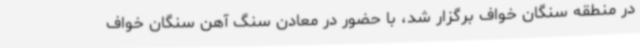
در منطقه سنگان خواف برگزار شد، با حضور در معادن سنگ آهن سنگان خواف